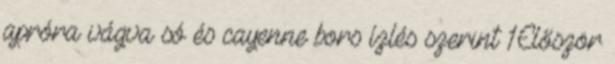
apróra vágva só és cayenne bors ízlés szerint 1Először